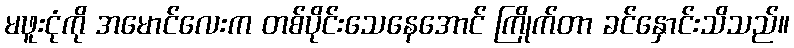
မဖူးငုံကို အမောင်လေးက တစ်ပိုင်းသေနေအောင် ကြိုက်တာ ခင်နှောင်းသိသည်။